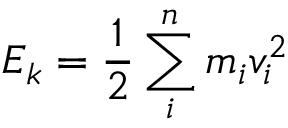
E _ { k } = \frac { 1 } { 2 } \sum _ { i } ^ { n } m _ { i } v _ { i } ^ { 2 }